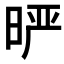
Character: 𰖈